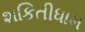
શકિતીધામ